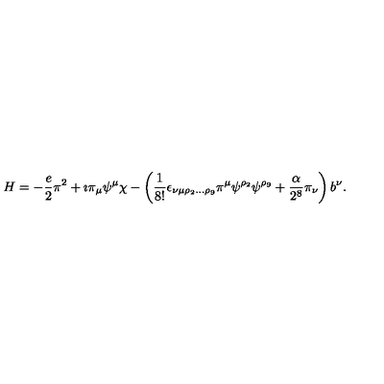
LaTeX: H = - \frac { e } { 2 } \pi ^ { 2 } + \imath \pi _ { \mu } \psi ^ { \mu } \chi - \left( \frac { 1 } { 8 ! } \epsilon _ { \nu \mu \rho _ { 2 } \ldots \rho _ { 9 } } \pi ^ { \mu } \psi ^ { \rho _ { 2 } } \psi ^ { \rho _ { 9 } } + \frac { \alpha } { 2 ^ { 8 } } \pi _ { \nu } \right) b ^ { \nu } .